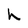
Character: h